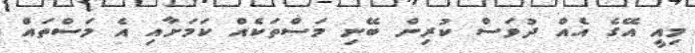
މިއީ އޭގެ އެއް ދުވަސް ކުރިން ބޭނި މަސްތަކެއް ކަމަށާއި އެ މަސްތައް